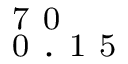
_ \mathrm { ~ 0 ~ . ~ 1 ~ 5 ~ } ^ { \mathrm { ~ 7 ~ 0 ~ } }